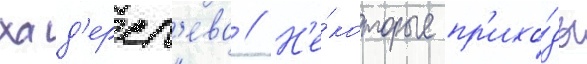
хад'ерсл'ева // Н'е́которые пр'ихо́ды